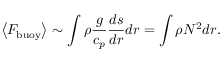
\ensuremath { \left\langle F _ { \mathrm { b u o y } } \right\rangle } \sim \int \rho \frac { g } { c _ { p } } \frac { d s } { d r } d r = \int \rho N ^ { 2 } d r .